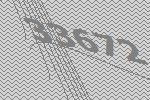
33672